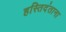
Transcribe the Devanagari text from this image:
हस्तिदंताना